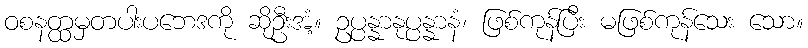
ဝစနတ္ထမှတပါးပဘေဒကို ဆိုဦးအံ့။ ဥပ္ပန္နာနုပ္ပန္နာနံ၊ ဖြစ်ကုန်ပြီး မဖြစ်ကုန်သေး သော။